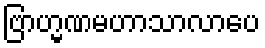
ဗြာဟ္မဏမဟာသာလာပေ